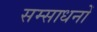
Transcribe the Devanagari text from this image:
सम्साधनों